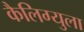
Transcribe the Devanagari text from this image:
कैलिग्युला